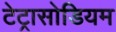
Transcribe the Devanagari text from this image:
टेट्रासोडियम